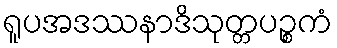
ရူပအဒဿနာဒိသုတ္တပဉ္စကံ